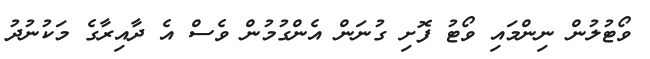
ވޯޓުލުން ނިންމައި ވޯޓު ފޮށި ގުނަން އެންގުމުން ވެސް އެ ދާއިރާގެ މަކުނުދު